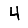
Digit: 4